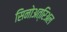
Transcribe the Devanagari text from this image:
सिनोअत्रिअल